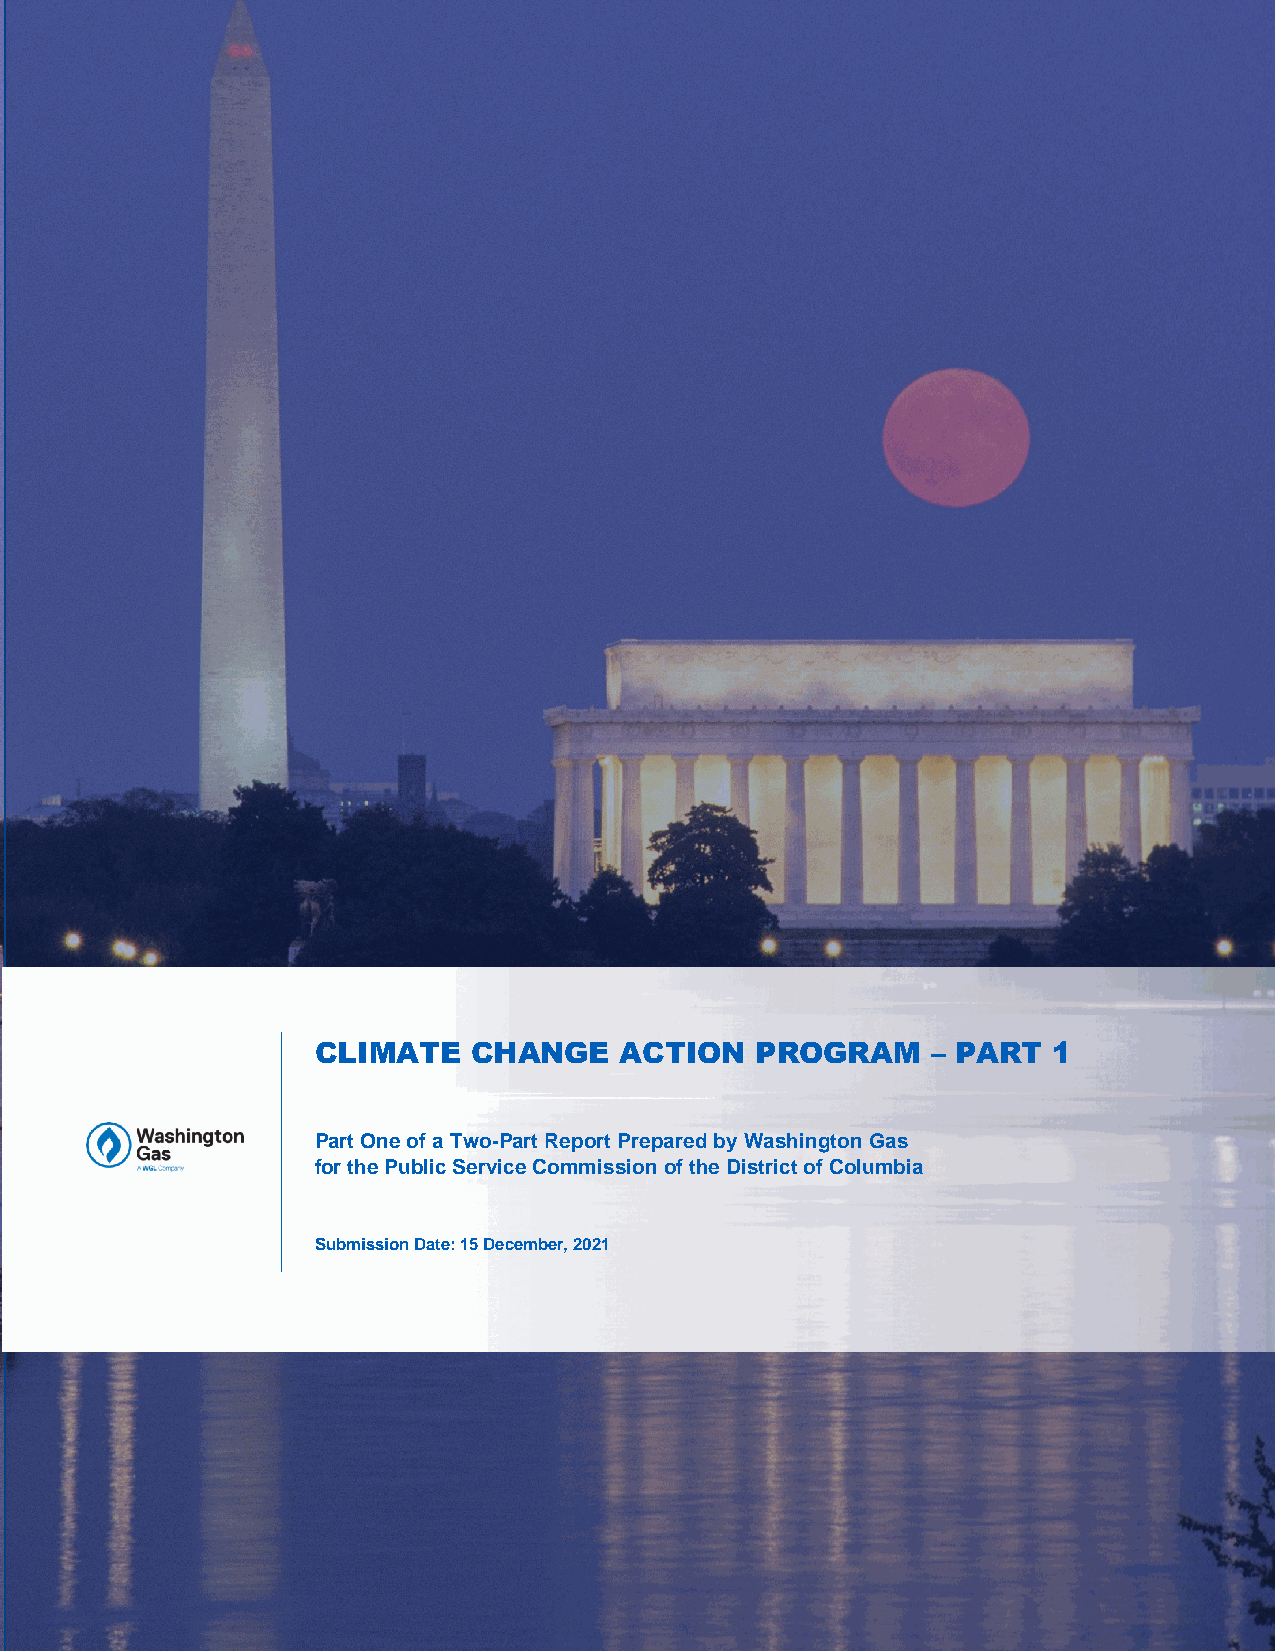
CLIMATE   CHANGE    ACTION   PROGRAM     – PART  1
 Part One of a Two-Part Report Prepared by Washington Gas
 for the Public Service Commission of the District of Columbia
 Submission Date: 15 December, 2021
 CLIMATE CHANGE ACTION PROGRAM, PART I                            65